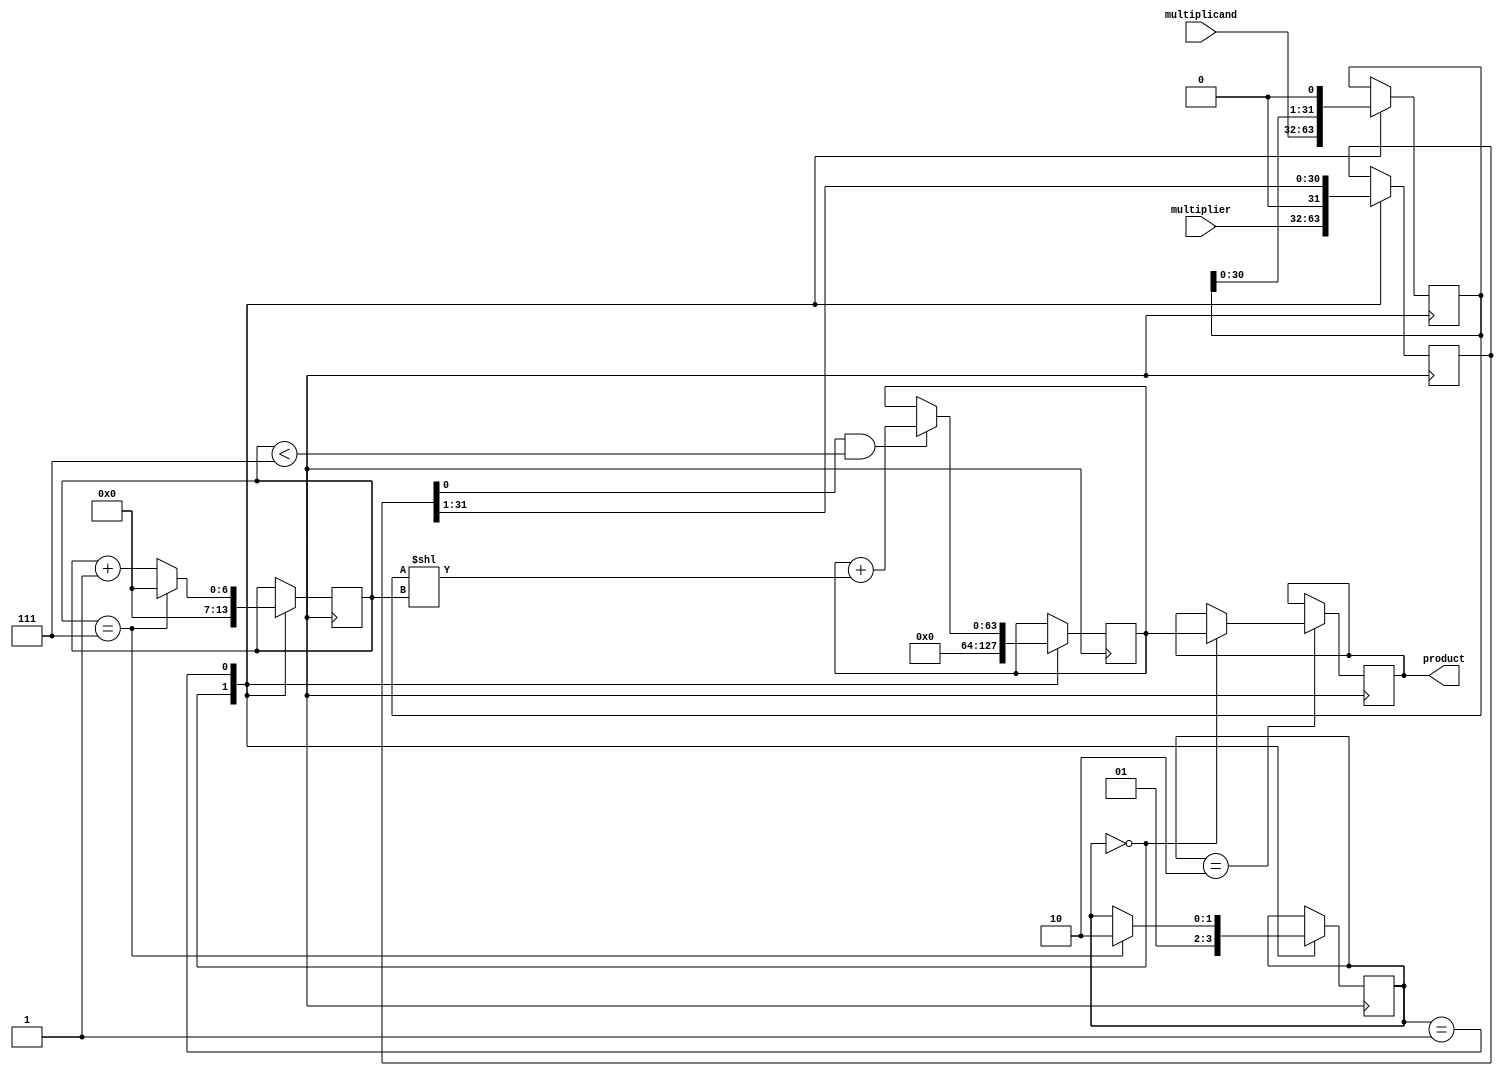
module booth_multiplier (
  input [31:0] multiplicand,
  input [31:0] multiplier,
  output reg [63:0] product
);

reg [31:0] a;
reg [31:0] m;
reg [6:0] count;
reg [63:0] accum;
reg [1:0] state;

always @ (posedge clk) begin
  case (state)
    2'b00: begin
      a <= multiplicand;
      m <= multiplier;
      accum <= 64'h0;
      count <= 7'h0;
      state <= 2'b01;
    end
    2'b01: begin
      if (m[0] == 1 && count < 7) begin
        accum <= accum + (a << count);
        count <= count + 1;
      end
      a <= a << 1;
      m <= m >> 1;
      count <= count + 1;
      
      if (count == 7) begin
        count <= 7'h0;
        state <= 2'b10;
      end
    end
    2'b10: begin
      if (state == 0) begin
        product <= accum;
      end
    end
  endcase
end

endmodule